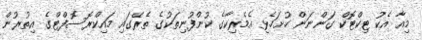
މިއާ އެކު ޓިކްޓޮކް ގަންނަން ހުށަހެޅި އެމެރިކާގެ ކުންފުނިތަކުގެ ތެރޭގައި މައިކްރޮސޮފްޓްގެ އިތުރުން